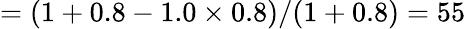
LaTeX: =(1+0.8-1.0\times 0.8)/(1+0.8)=55\